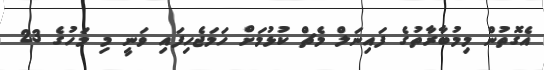
އެގޮތުން މިމުބާރާތުގެ ފައިނަލް މެޗް ކުޅުމަށް ހަމަޖެހިފައި ވަނީ މި މަހުގެ 23